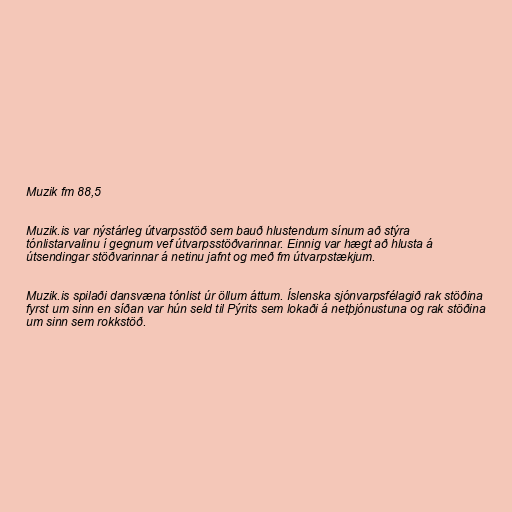
Muzik fm 88,5

Muzik.is var nýstárleg útvarpsstöð sem bauð hlustendum sínum að stýra
tónlistarvalinu í gegnum vef útvarpsstöðvarinnar. Einnig var hægt að hlusta á
útsendingar stöðvarinnar á netinu jafnt og með fm útvarpstækjum.

Muzik.is spilaði dansvæna tónlist úr öllum áttum. Íslenska sjónvarpsfélagið rak stöðina
fyrst um sinn en síðan var hún seld til Pýrits sem lokaði á netþjónustuna og rak stöðina
um sinn sem rokkstöð.